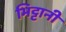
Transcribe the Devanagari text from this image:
भिट्टानी